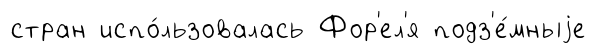
стран испо́льзовалась Фор'ел'я подз'е́мныjе